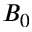
B _ { 0 }